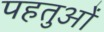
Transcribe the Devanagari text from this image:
पहतुओं